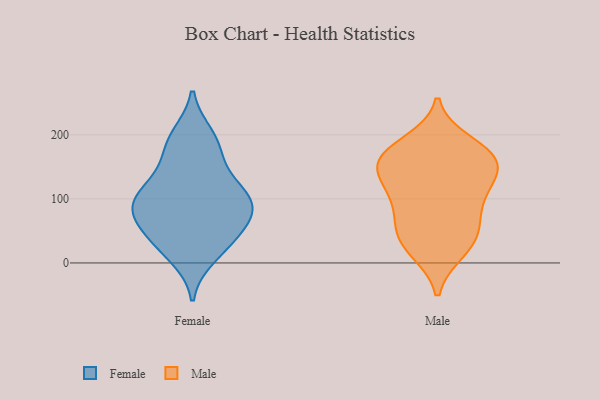
{"axis": {"x": "Humidity (%)", "y": "Value"}, "legend": ["Female", "Male"], "data": [{"x": "", "y": 94, "type": "Female"}, {"x": "", "y": 22, "type": "Female"}, {"x": "", "y": 10, "type": "Female"}, {"x": "", "y": 81, "type": "Female"}, {"x": "", "y": 104, "type": "Female"}, {"x": "", "y": 46, "type": "Female"}, {"x": "", "y": 74, "type": "Female"}, {"x": "", "y": 90, "type": "Female"}, {"x": "", "y": 98, "type": "Female"}, {"x": "", "y": 103, "type": "Female"}, {"x": "", "y": 133, "type": "Female"}, {"x": "", "y": 56, "type": "Female"}, {"x": "", "y": 148, "type": "Female"}, {"x": "", "y": 180, "type": "Female"}, {"x": "", "y": 38, "type": "Female"}, {"x": "", "y": 191, "type": "Female"}, {"x": "", "y": 199, "type": "Female"}, {"x": "", "y": 47, "type": "Male"}, {"x": "", "y": 77, "type": "Male"}, {"x": "", "y": 110, "type": "Male"}, {"x": "", "y": 61, "type": "Male"}, {"x": "", "y": 154, "type": "Male"}, {"x": "", "y": 168, "type": "Male"}, {"x": "", "y": 40, "type": "Male"}, {"x": "", "y": 21, "type": "Male"}, {"x": "", "y": 188, "type": "Male"}, {"x": "", "y": 162, "type": "Male"}, {"x": "", "y": 18, "type": "Male"}, {"x": "", "y": 147, "type": "Male"}, {"x": "", "y": 127, "type": "Male"}, {"x": "", "y": 125, "type": "Male"}, {"x": "", "y": 177, "type": "Male"}, {"x": "", "y": 162, "type": "Male"}, {"x": "", "y": 96, "type": "Male"}]}